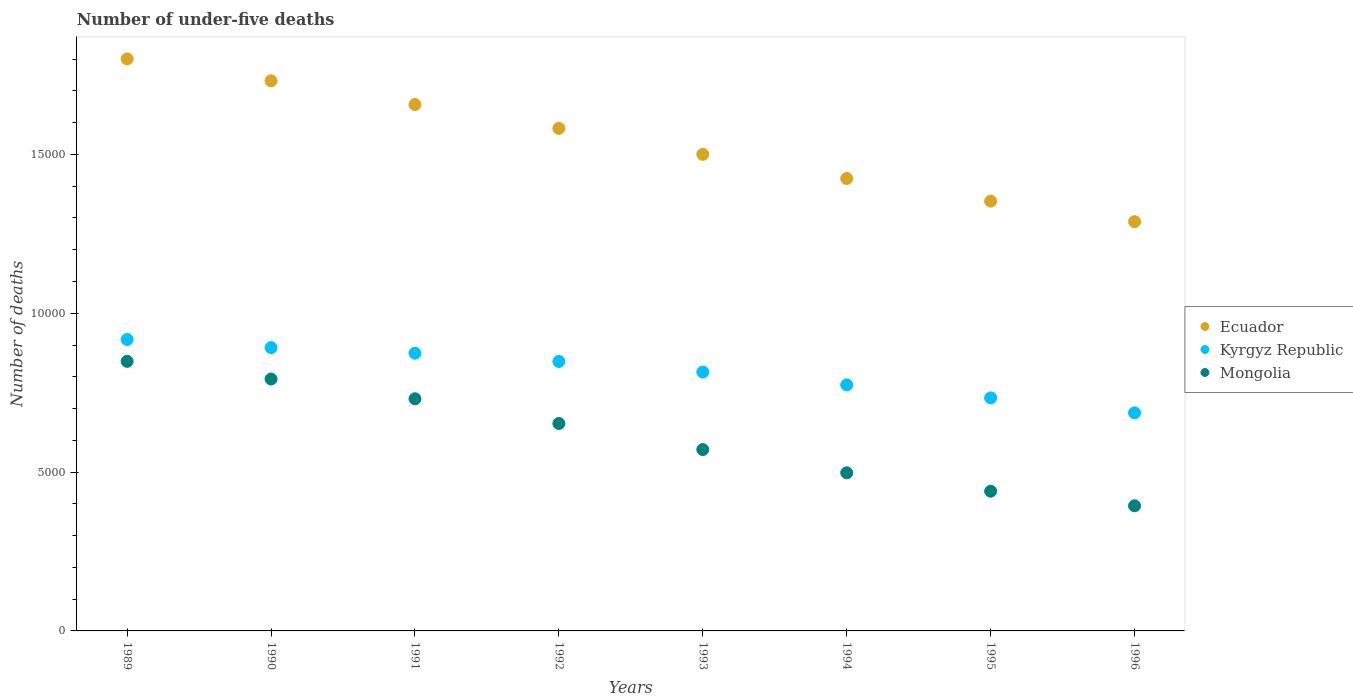
| Years | Ecuador | Kyrgyz Republic | Mongolia |
 | --- | --- | --- | --- |
 | 1989 | 1.8e+04 | 9.17e+03 | 8.49e+03 |
 | 1990 | 1.73e+04 | 8.92e+03 | 7.93e+03 |
 | 1991 | 1.66e+04 | 8.74e+03 | 7.31e+03 |
 | 1992 | 1.58e+04 | 8.48e+03 | 6.53e+03 |
 | 1993 | 1.5e+04 | 8.15e+03 | 5.71e+03 |
 | 1994 | 1.42e+04 | 7.74e+03 | 4.98e+03 |
 | 1995 | 1.35e+04 | 7.34e+03 | 4.4e+03 |
 | 1996 | 1.29e+04 | 6.86e+03 | 3.94e+03 |